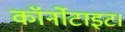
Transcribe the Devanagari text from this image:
कॉर्नोटाइट।